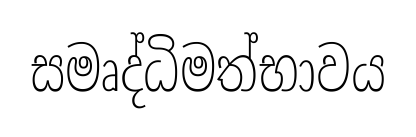
සමෘද්ධිමත්භාවය